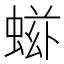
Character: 𧌷